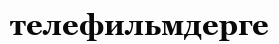
телефильмдерге